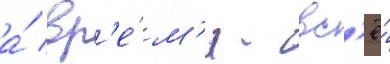
а́ вр'е́м'я - вс'ё́